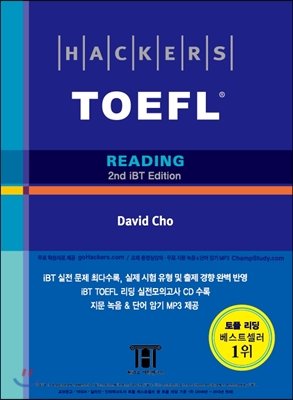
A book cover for Hackers Toefl Reading with 1CD: 2nd iBT Edition (Korean Version); David Cho; Test Preparation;